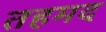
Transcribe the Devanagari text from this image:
तहमद